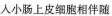
人小肠上皮细胞相伴随